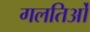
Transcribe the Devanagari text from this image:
गलतिओं